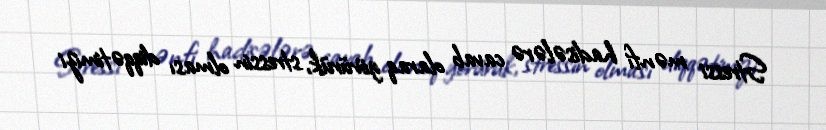
Stressi mənfi hadisələrə cavab olaraq görürük, stressin olması diqqətimizi